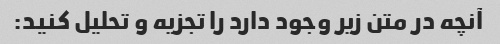
آنچه در متن زیر وجود دارد را تجزیه و تحلیل کنید: